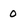
Character: 0